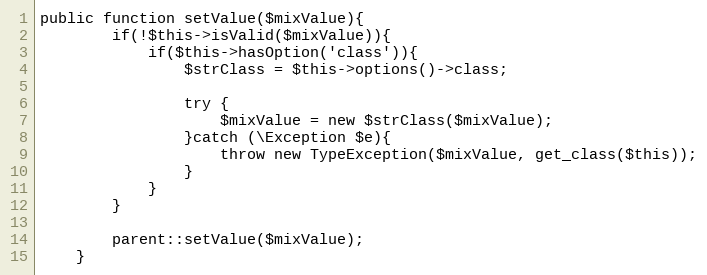
Language: PHP
public function setValue($mixValue){
		if(!$this->isValid($mixValue)){
			if($this->hasOption('class')){
				$strClass = $this->options()->class;

				try {
					$mixValue = new $strClass($mixValue);
				}catch (\Exception $e){
					throw new TypeException($mixValue, get_class($this));
				}
			}
		}

		parent::setValue($mixValue);
	}